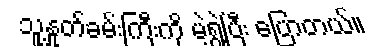
သူ့နှုတ်ခမ်းကြီးကို မဲ့ရွဲ့ပြီး ပြောတယ်။